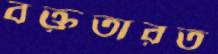
বক্তৃতারত